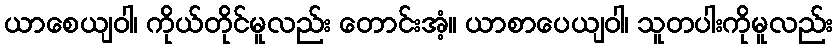
ယာစေယျဝါ၊ ကိုယ်တိုင်မူလည်း တောင်းအံ့။ ယာစာပေယျဝါ၊ သူတပါးကိုမူလည်း